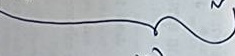
}